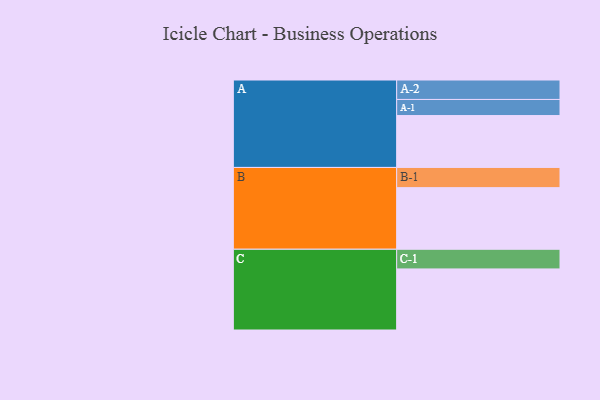
{"axis": {"x": "Segment", "y": "Value"}, "legend": ["", "A", "B", "C"], "data": [{"x": "A", "y": 480, "type": ""}, {"x": "B", "y": 570, "type": ""}, {"x": "C", "y": 565, "type": ""}, {"x": "A-1", "y": 149, "type": "A"}, {"x": "A-2", "y": 180, "type": "A"}, {"x": "B-1", "y": 187, "type": "B"}, {"x": "C-1", "y": 182, "type": "C"}]}